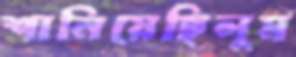
শানিয়েছিলুম